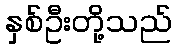
နှစ်ဦးတို့သည်